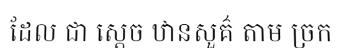
ដែល ជា ស្តេច ឋានសួគ៌ តាម ច្រក